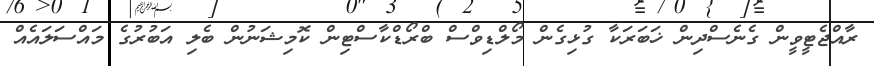
ރާއްޖެޓީވީން ގެނެސްދިން ޚަބަރަކާ ގުޅިގެން މޯލްޑިވްސް ބްރޯޑްކާސްޓިން ކޮމިޝަނުން ބެލި އަބުރުގެ މައްސަލައެއް